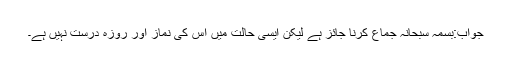
جواب:بسمہ سبحانہ جماع کرنا جائز ہے لیکن ایسی حالت میں اس کی نماز اور روزہ درست نہیں ہے۔